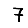
Digit: 7